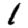
Digit: 1